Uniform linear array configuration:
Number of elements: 64
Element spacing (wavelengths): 0.75
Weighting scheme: kaiser
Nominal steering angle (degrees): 45
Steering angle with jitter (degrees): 43.491
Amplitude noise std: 0.05
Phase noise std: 0.05

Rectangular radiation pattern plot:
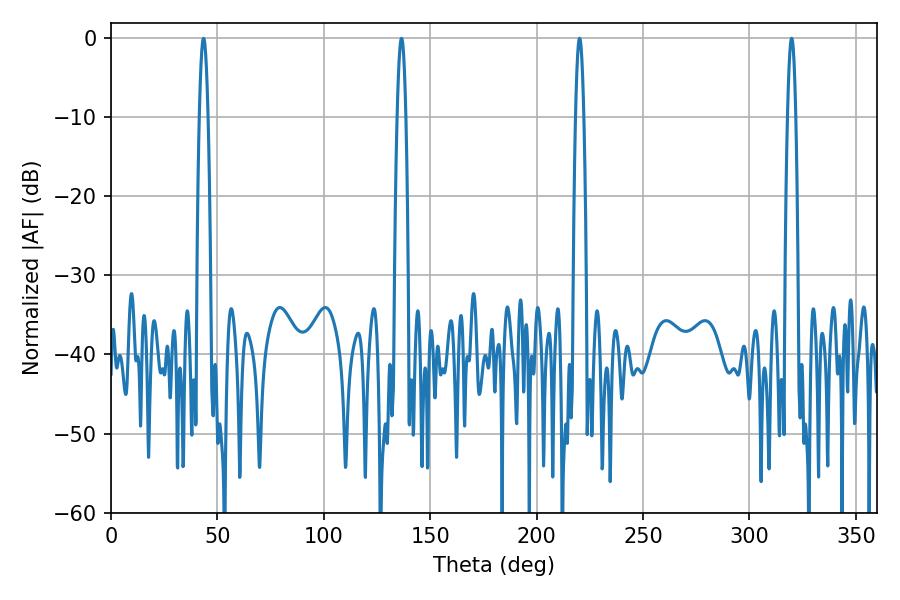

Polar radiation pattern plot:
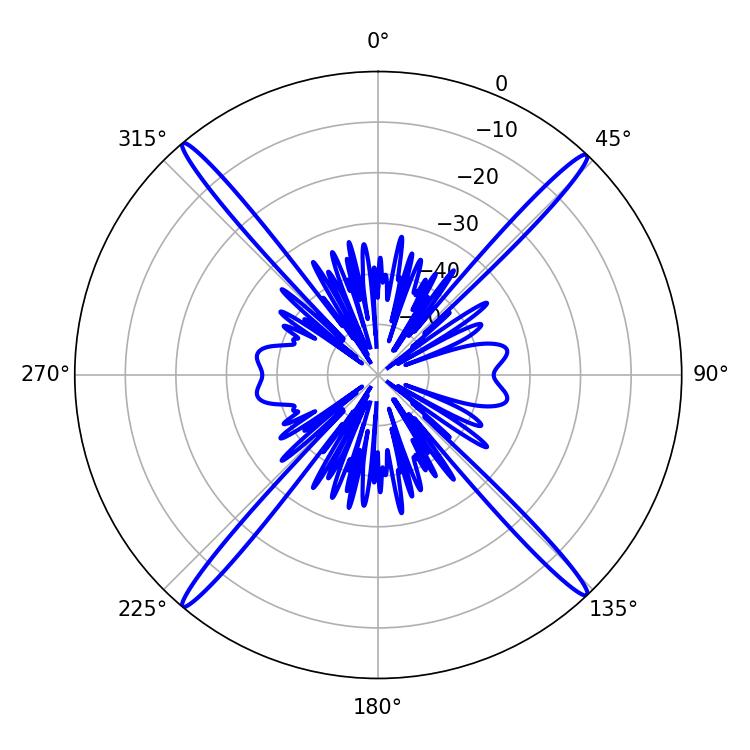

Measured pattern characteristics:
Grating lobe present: TRUE
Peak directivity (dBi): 24.842
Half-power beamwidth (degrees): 1.98
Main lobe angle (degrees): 220.14